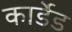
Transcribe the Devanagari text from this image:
कार्डेड